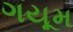
ગયૂમ